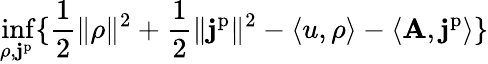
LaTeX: \operatorname*{inf}_{\rho,\mathbf{j}^{\mathrm{p}}}\{ \frac{1}{2}\| \rho\| ^{2}+\frac{1}{2}\| \mathbf{j}^{\mathrm{p}}\| ^{2}-\langle u,\rho\rangle-\langle\mathbf{A},\mathbf{j}^{\mathrm{p}}\rangle\}